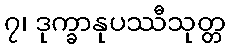
၇၊ ဒုက္ခာနုပဿီသုတ္တ